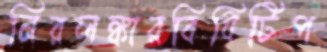
নিরলঙ্কারবিধিটিপ